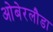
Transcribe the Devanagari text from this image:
ओबेरलौडा